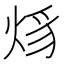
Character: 𤉒